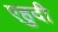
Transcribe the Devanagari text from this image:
एहुदी